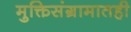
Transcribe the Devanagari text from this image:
मुक्तिसंग्रामातही